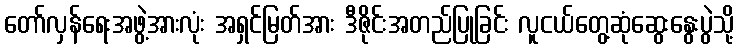
တော်လှန်ရေးအဖွဲ့အားလုံး အရှင်မြတ်အား ဒီဇိုင်းအတည်ပြုခြင်း လူငယ်တွေ့ဆုံဆွေးနွေးပွဲသို့